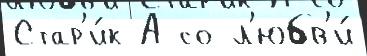
Стар'и́к А со л'юбв'и́